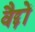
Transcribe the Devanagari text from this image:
वैद्दों